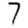
Digit: 7